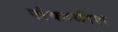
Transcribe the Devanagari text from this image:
लंकाधीश